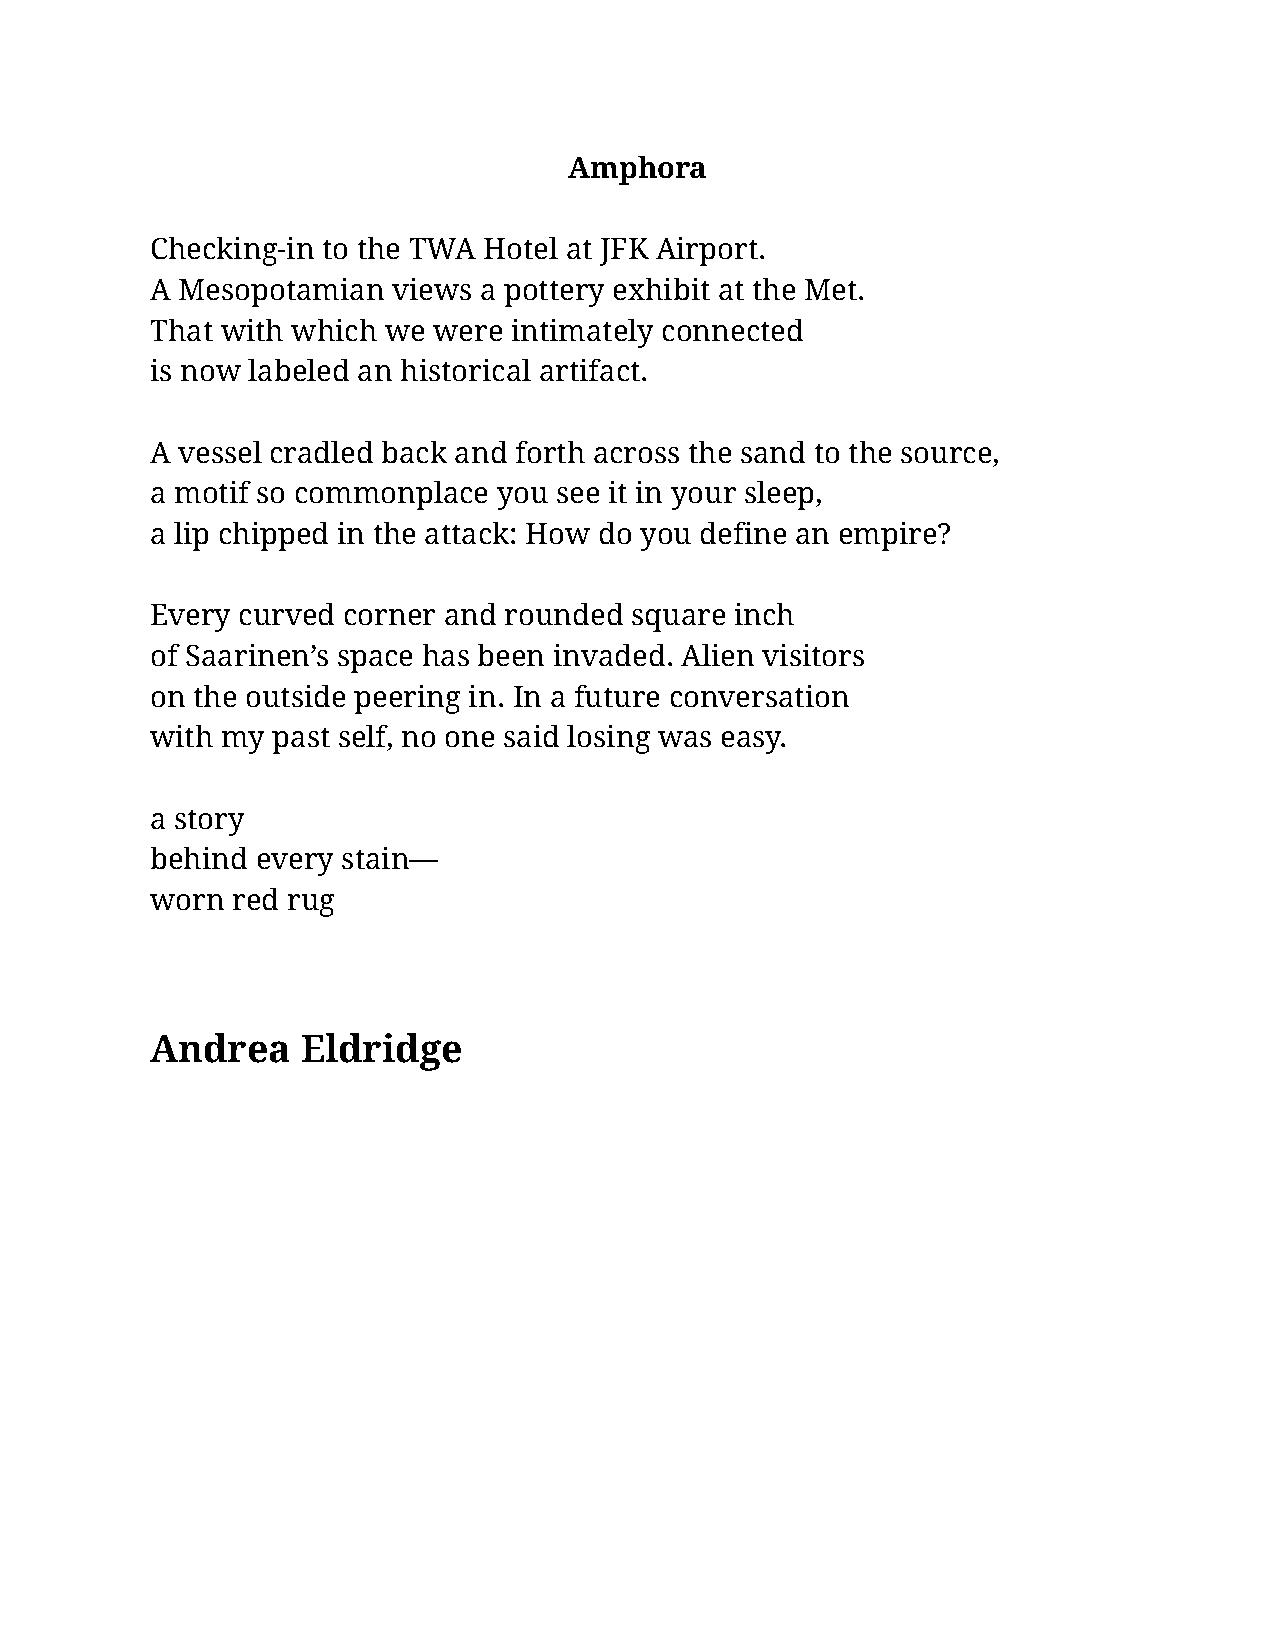
Amphora
 Checking-in to the TWA Hotel at JFK Airport.
 A Mesopotamian  views a pottery exhibit at the Met.
 That with which we were intimately connected
 is now labeled an historical artifact.
 A vessel cradled back and forth across the sand to the source,
 a motif so commonplace you see it in your sleep,
 a lip chipped in the attack: How do you define an empire?
 Every curved corner and rounded square inch
 of Saarinen’s space has been invaded. Alien visitors
 on the outside peering in. In a future conversation
 with my past self, no one said losing was easy.
 a story
 behind every stain—
 worn red rug
 Andrea    Eldridge